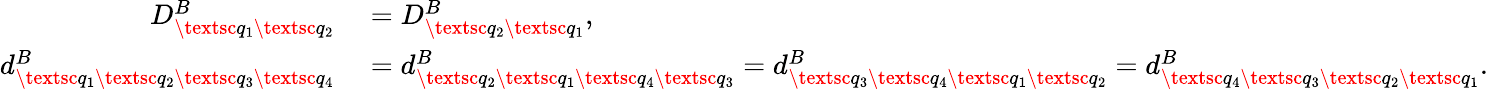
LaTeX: \begin{array}{rl}{D_{\textsc{q}_{1}\textsc{q}_{2}}^{B}}&{{}=D_{\textsc{q}_{2}\textsc{q}_{1}}^{B},}\\ {d_{\textsc{q}_{1}\textsc{q}_{2}\textsc{q}_{3}\textsc{q}_{4}}^{B}}&{{}=d_{\textsc{q}_{2}\textsc{q}_{1}\textsc{q}_{4}\textsc{q}_{3}}^{B}=d_{\textsc{q}_{3}\textsc{q}_{4}\textsc{q}_{1}\textsc{q}_{2}}^{B}=d_{\textsc{q}_{4}\textsc{q}_{3}\textsc{q}_{2}\textsc{q}_{1}}^{B}.}\end{array}